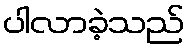
ပါလာခဲ့သည်